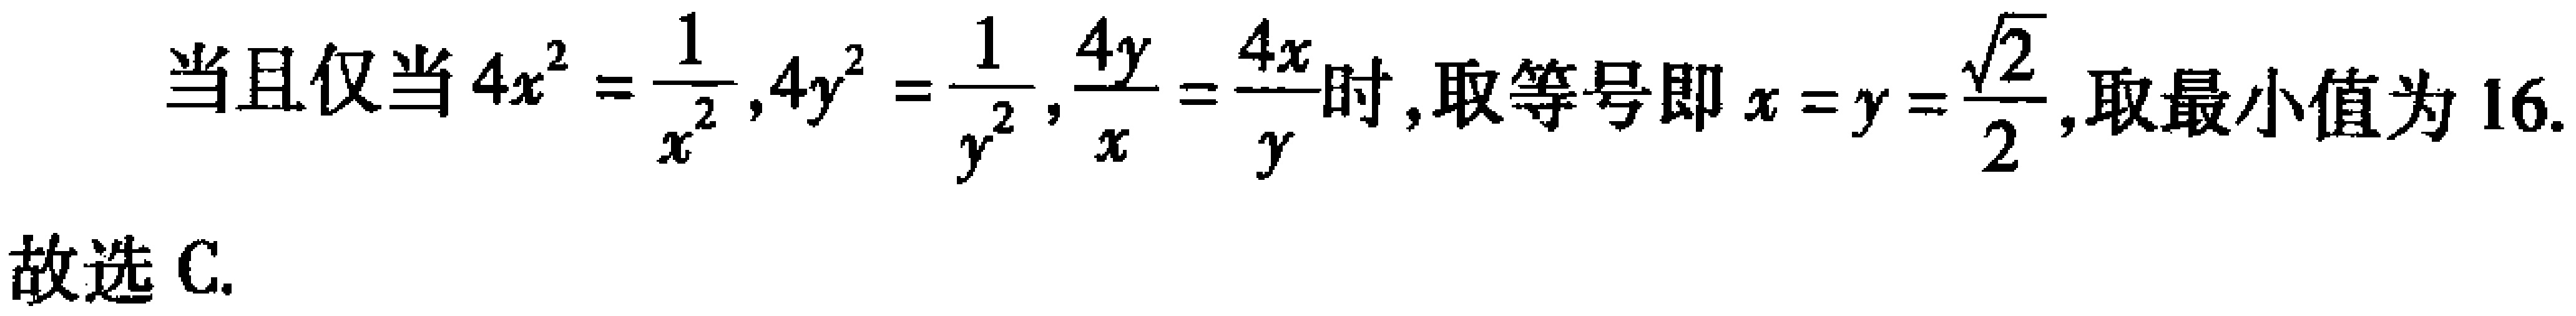
当且仅当\(4x^{2}=\frac{1}{x^{2}},4y^{2}=\frac{1}{y^{2}},\frac{4y}{x}=\frac{4x}{y}\)时,取等号即\(x = y=\frac{\sqrt{2}}{2}\),取最小值为\(16\).

故选 C.